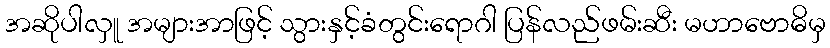
အဆိုပါလှူ အများအာဖြင့် သွားနှင့်ခံတွင်းရောဂါ ပြန်လည်ဖမ်းဆီး မဟာဗောဓိမှ